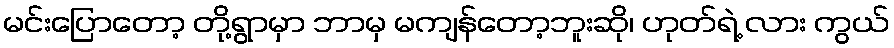
မင်းပြောတော့ တို့ရွာမှာ ဘာမှ မကျန်တော့ဘူးဆို၊ ဟုတ်ရဲ့ လား ကွယ်